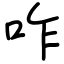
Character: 咋